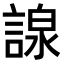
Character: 𧪒